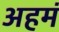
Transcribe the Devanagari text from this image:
अहमं